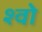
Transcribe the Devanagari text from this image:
श्वो